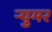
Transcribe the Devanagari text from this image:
र्‍युमर